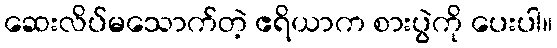
ဆေးလိပ်မသောက်တဲ့ ဧရိယာက စားပွဲကို ပေးပါ။